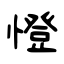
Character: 憕